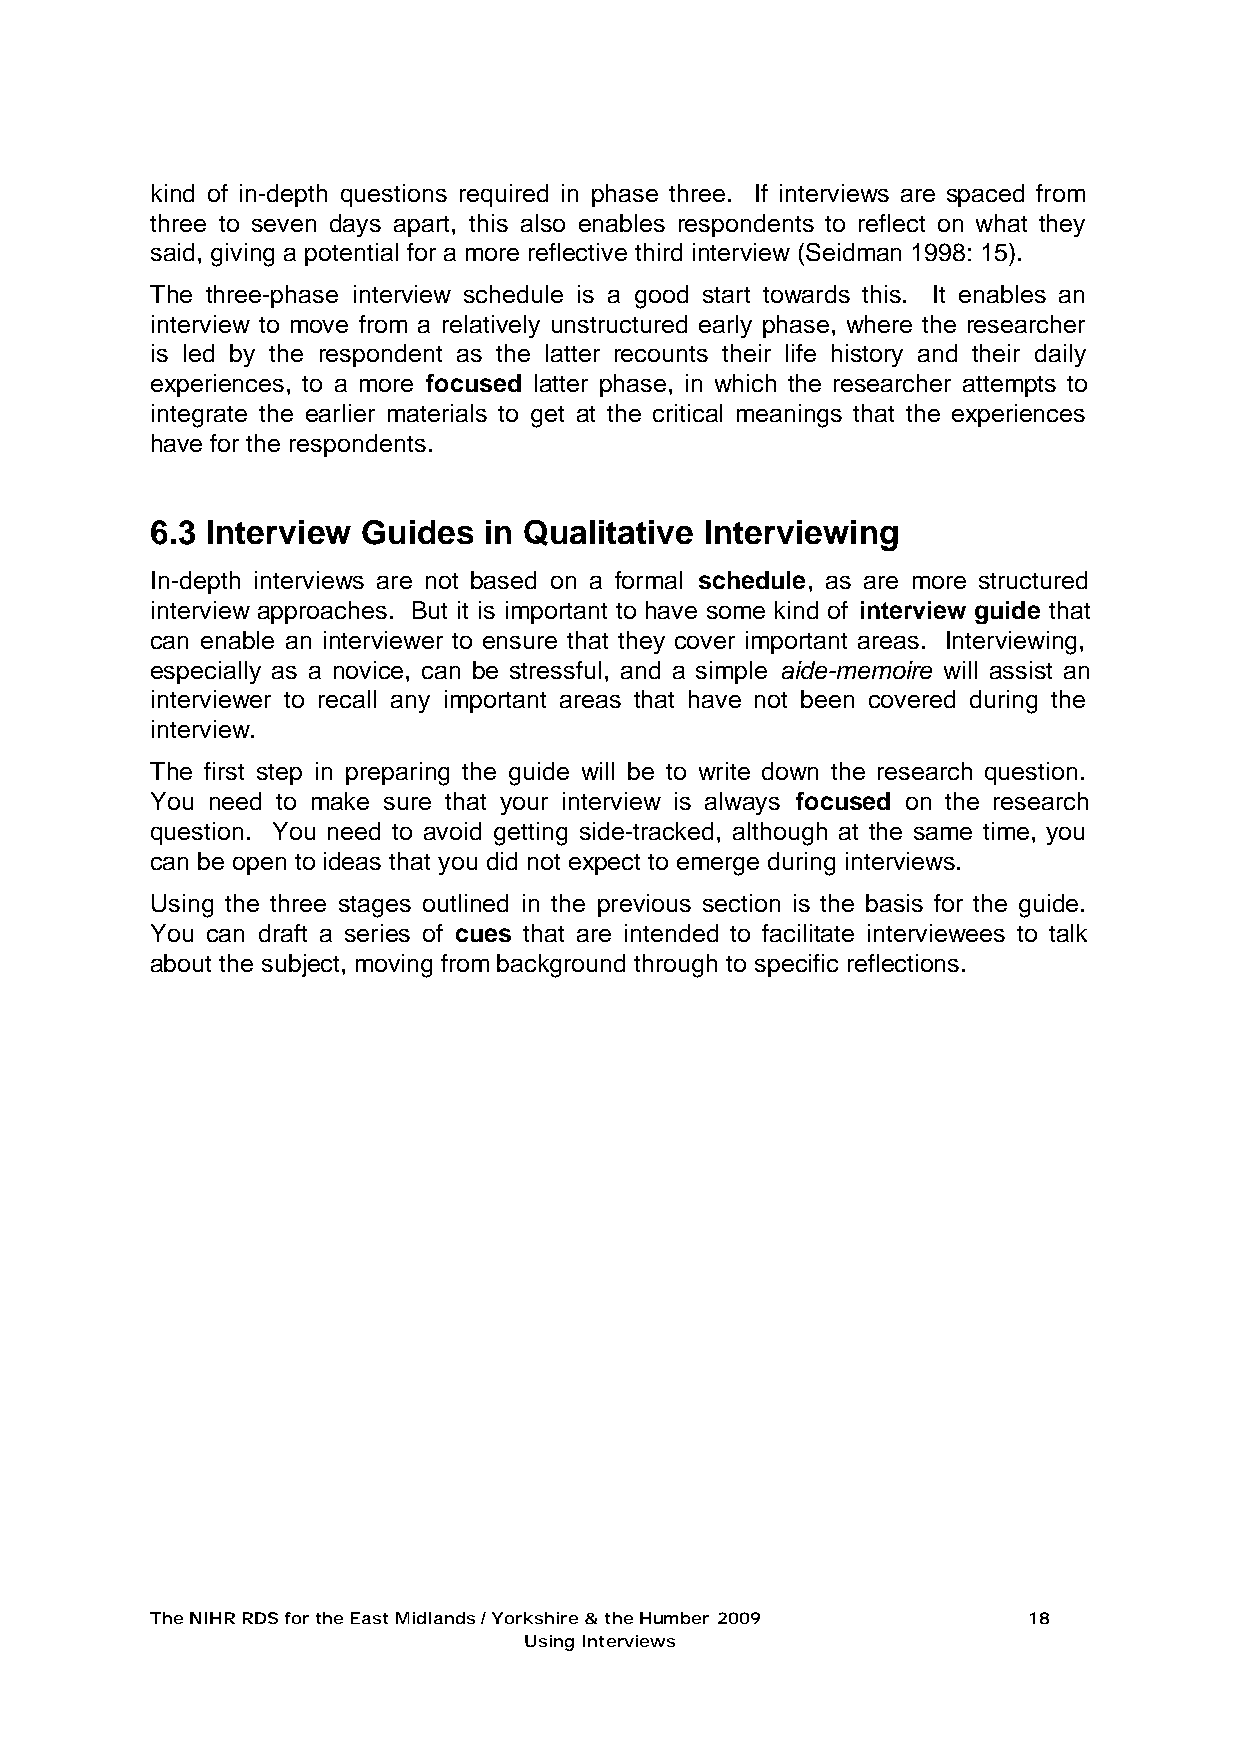
kind of in-depth questions required in phase three. If interviews are spaced from
 three to seven days apart, this also enables respondents to reflect on what they
 said, giving a potential for a more reflective third interview (Seidman 1998: 15).
 The three-phase interview schedule is a good start towards this. It enables an
 interview to move from a relatively unstructured early phase, where the researcher
 is led by the respondent as the latter recounts their life history and their daily
 experiences, to a more focused latter phase, in which the researcher attempts to
 integrate the earlier materials to get at the critical meanings that the experiences
 have for the respondents.
 6.3 Interview Guides  in Qualitative Interviewing
 In-depth interviews are not based on a formal schedule, as are more structured
 interview approaches. But it is important to have some kind of interview guide that
 can enable an interviewer to ensure that they cover important areas. Interviewing,
 especially as a novice, can be stressful, and a simple aide-memoire will assist an
 interviewer to recall any important areas that have not been covered during the
 interview.
 The first step in preparing the guide will be to write down the research question.
 You need to make sure that your interview is always focused on the research
 question. You need to avoid getting side-tracked, although at the same time, you
 can be open to ideas that you did not expect to emerge during interviews.
 Using the three stages outlined in the previous section is the basis for the guide.
 You can draft a series of cues that are intended to facilitate interviewees to talk
 about the subject, moving from background through to specific reflections.
 The NIHR RDS for the East Midlands / Yorkshire & the Humber 2009 18
 Using Interviews